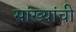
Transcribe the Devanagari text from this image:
सांख्यांची